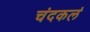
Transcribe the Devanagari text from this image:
चंदकलं